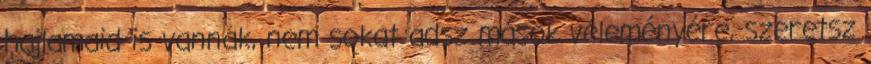
hajlamaid is vannak, nem sokat adsz mások véleményére, szeretsz